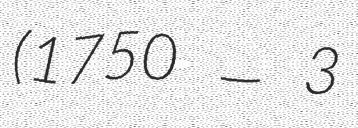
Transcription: (1750 — 3